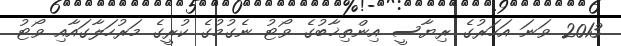
2013 ވަނަ އަހަރުގެ ރިޔާސީ އިންތިޚާބުގެ ވޯޓު ނެގުމުގެ ކުރީގެ މަރުހަލާގައާއި ވޯޓު